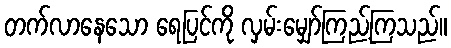
တက်လာနေသော ရေပြင်ကို လှမ်းမျှော်ကြည့်ကြသည်။